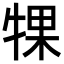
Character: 𬌡